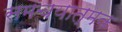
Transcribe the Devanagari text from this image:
समचयात्मक